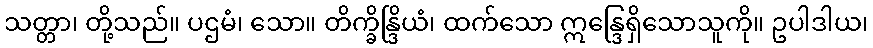
သတ္တာ၊ တို့သည်။ ပဌမံ၊ သော။ တိက္ခိန္ဒြိယံ၊ ထက်သော ဣန္ဒြေရှိသောသူကို။ ဥပါဒါယ၊